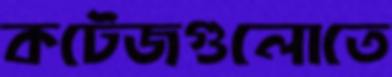
কটেজগুলোতে